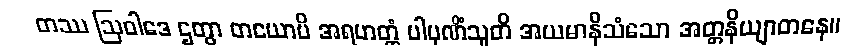
တဿ ဩဝါဒေ ဌတွာ တယောပိ အရဟတ္တံ ပါပုဏိံသူတိ အယမာနိသံသော အတ္တနိယျာတနေ။